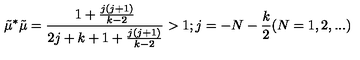
\tilde { \mu } ^ { * } \tilde { \mu } = \frac { 1 + \frac { j ( j + 1 ) } { k - 2 } } { 2 j + k + 1 + \frac { j ( j + 1 ) } { k - 2 } } > 1 ; j = - N - \frac { k } { 2 } ( N = { 1 , 2 , . . . } )